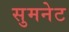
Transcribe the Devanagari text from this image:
सुमनेट